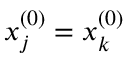
x _ { j } ^ { ( 0 ) } = x _ { k } ^ { ( 0 ) }